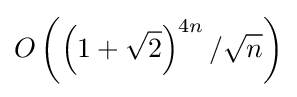
O\left(\left(1+{\sqrt {2}}\right)^{4n}/{\sqrt {n}}\right)